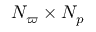
N _ { \varpi } \times N _ { p }